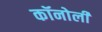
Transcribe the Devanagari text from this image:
कॉनोली